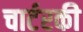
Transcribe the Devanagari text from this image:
चार्टरकी